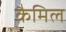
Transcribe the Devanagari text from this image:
कैमिल